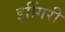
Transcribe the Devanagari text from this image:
झींगरी